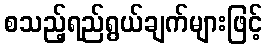
စသည့်ရည်ရွယ်ချက်များဖြင့်